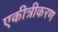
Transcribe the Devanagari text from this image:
एकीत्रीकरण